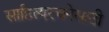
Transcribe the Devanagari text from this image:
साहित्यरचनेसाठी